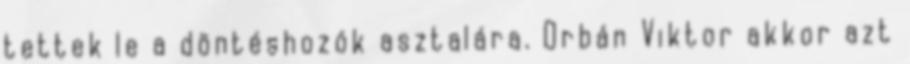
tettek le a döntéshozók asztalára. Orbán Viktor akkor azt